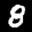
Label: 8